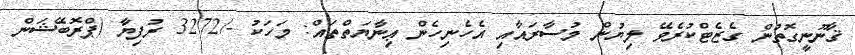
ޤާނޫނީގޮތުން ގެޒެޓްކުރެވޭ ލިޔުން މުސާރައާއި އެހެނިހެން ޢިނާޔަތްތައް: މަހަކު -/3272 ރުފިޔާ (ޕްރޮބޭޝަން